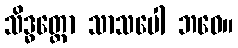
သိဒ္ဓတ္ထော သာသပေါ ဘဝေ။